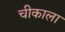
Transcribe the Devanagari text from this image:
चीकाला